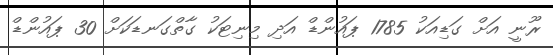
ރޫނީ އަށް ގަޑިއަކު 1785 ޕައުންޑް އަދި މިނިޓަކު ގާތްގަނޑަކަށް 30 ޕައުންޑް